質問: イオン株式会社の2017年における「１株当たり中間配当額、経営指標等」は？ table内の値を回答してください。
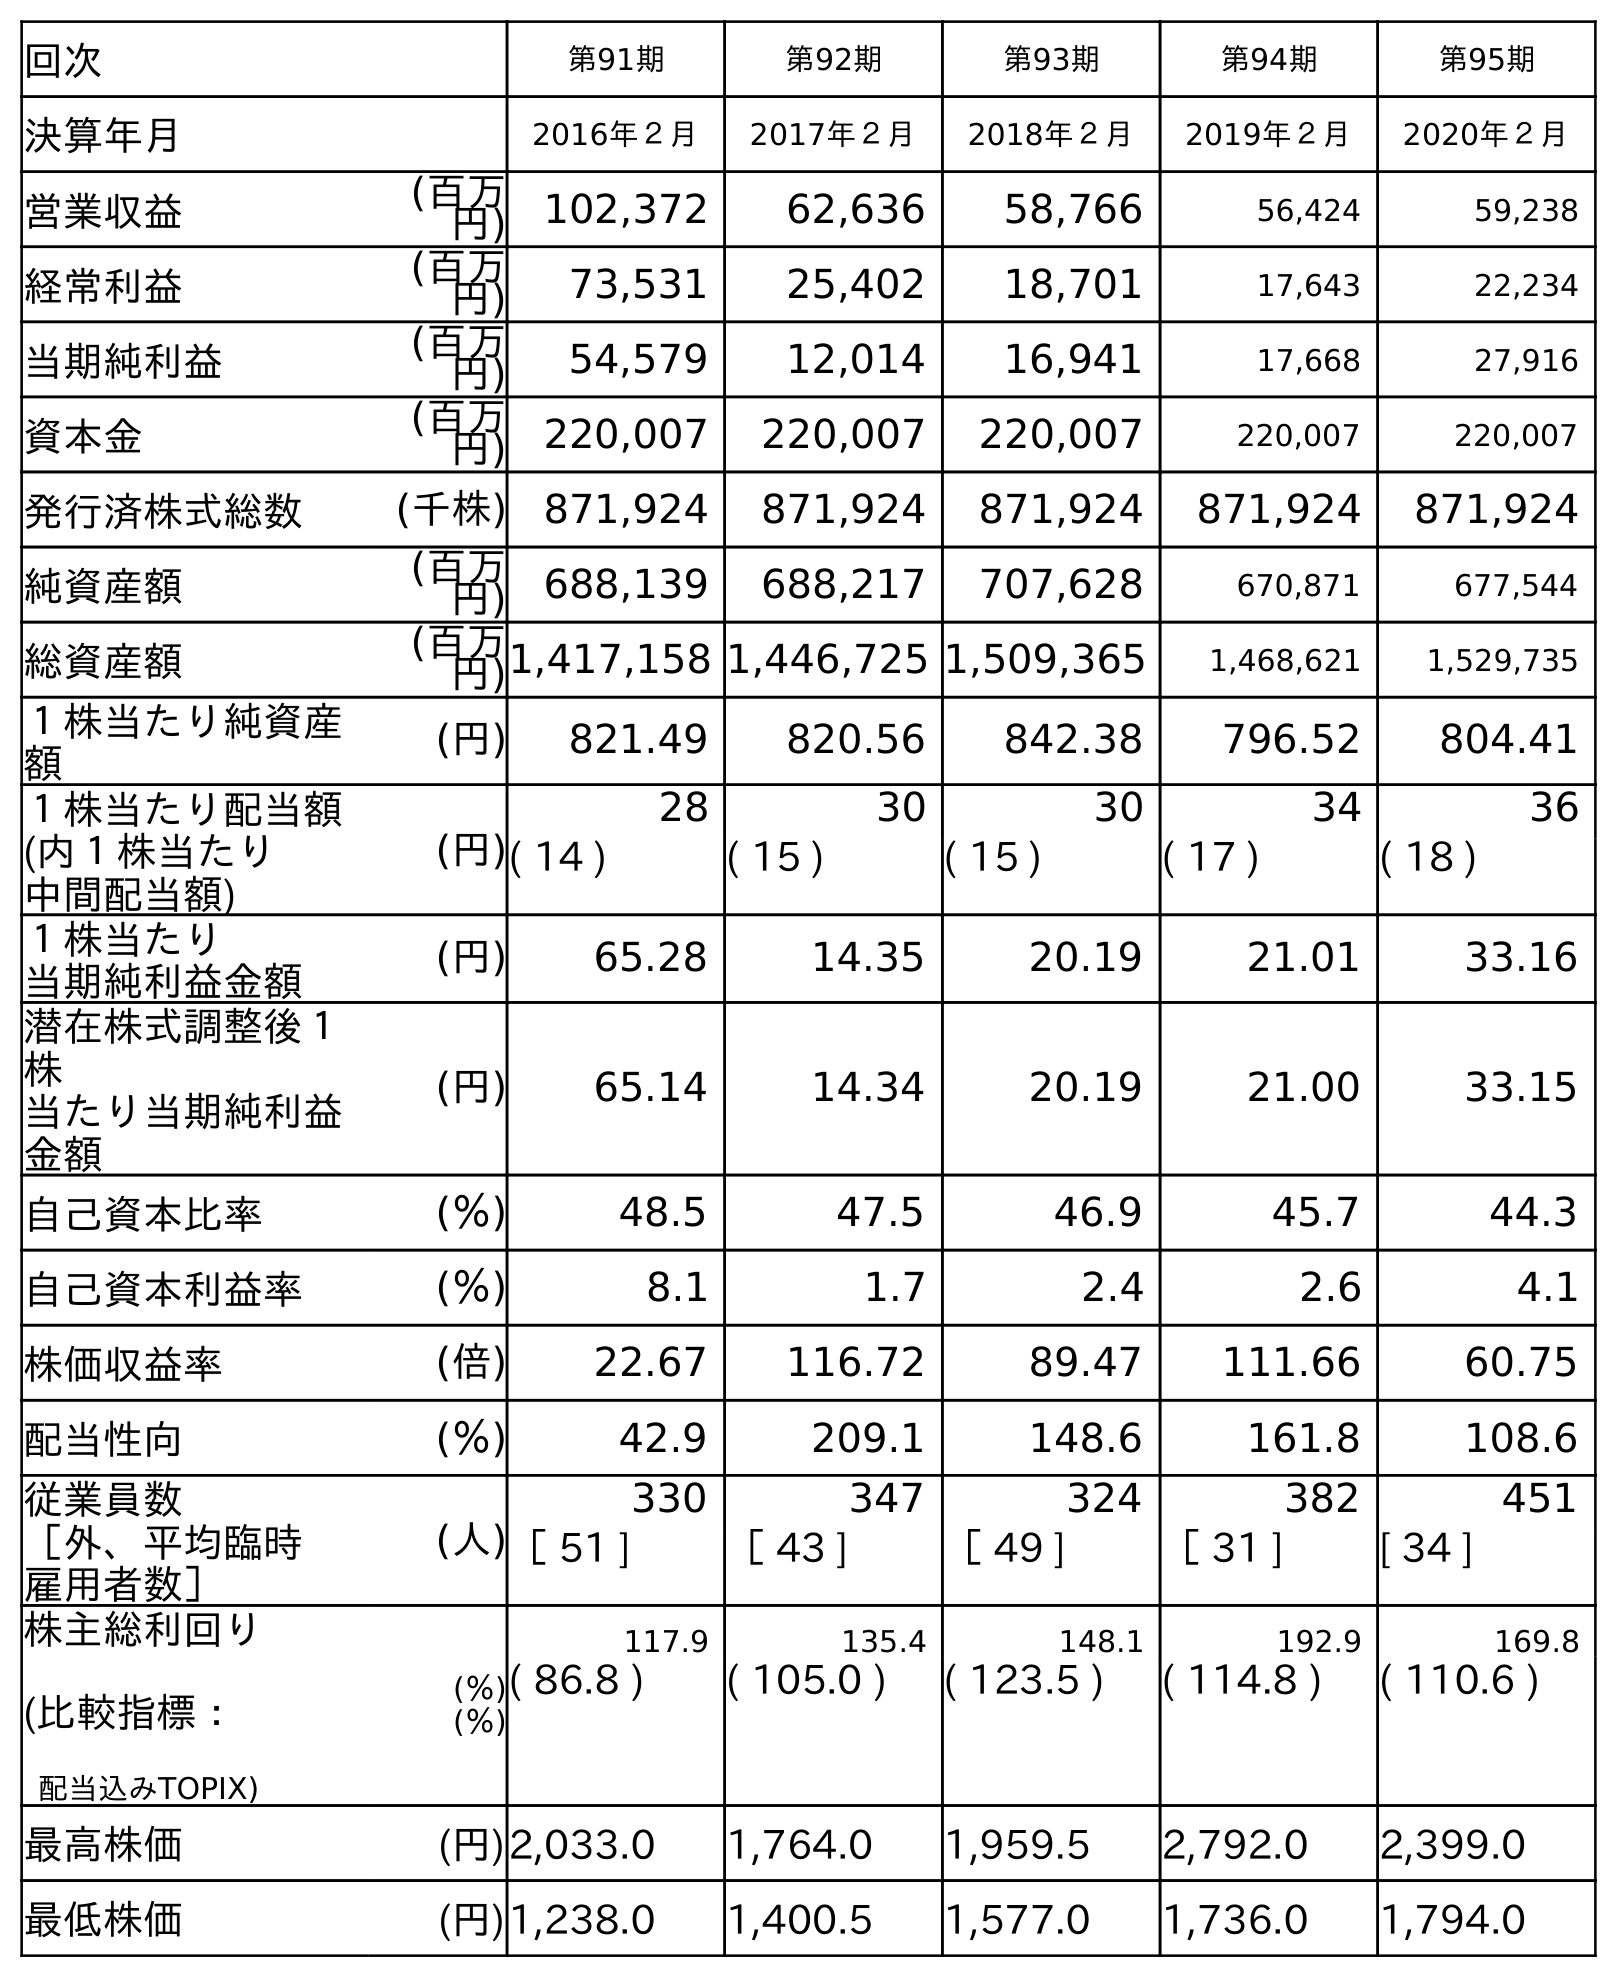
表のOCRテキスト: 回次 第91期 第92期 第93期 第94期 第95期 決算年月 2016年２月 2017年２月 2018年２月 2019年２月 2020年２月 営業収益 (百万 円) 102,372 62,636 58,766 56,424 59,238 経常利益 (百万 円) 73,531 25,402 18,701 17,643 22,234 当期純利益 (百万 円) 54,579 12,014 16,941 17,668 27,916 資本金 (百万 円) 220,007 220,007 220,007 220,007 220,007 発行済株式総数 (千株) 871,924 871,924 871,924 871,924 871,924 純資産額 (百万 円) 688,139 688,217 707,628 670,871 677,544 総資産額 (百万 円)1,417,158 1,446,725 1,509,365 1,468,621 1,529,735 １株当たり純資産 額 (円) 821.49 820.56 842.38 796.52 804.41 １株当たり配当額 (内１株当たり 中間配当額) (円) 28 30 30 34 36 ( 14 ) ( 15 ) ( 15 ) ( 17 ) ( 18 ) １株当たり 当期純利益金額 (円) 65.28 14.35 20.19 21.01 33.16 潜在株式調整後１ 株 当たり当期純利益 金額 (円) 65.14 14.34 20.19 21.00 33.15 自己資本比率 (％) 48.5 47.5 46.9 45.7 44.3 自己資本利益率 (％) 8.1 1.7 2.4 2.6 4.1 株価収益率 (倍) 22.67 116.72 89.47 111.66 60.75 配当性向 (％) 42.9 209.1 148.6 161.8 108.6 従業員数 ［外、平均臨時 雇用者数］ (人) 330 347 324 382 451 ［ 51 ] ［ 43 ] ［ 49 ] ［ 31 ] [ 34 ] 株主総利回り (比較指標： 配当込みTOPIX) (％) (％) 117.9 135.4 148.1 192.9 169.8 ( 86.8 ) ( 105.0 ) ( 123.5 ) ( 114.8 ) ( 110.6 ) 最高株価 (円)2,033.0 1,764.0 1,959.5 2,792.0 2,399.0 最低株価 (円)1,238.0 1,400.5 1,577.0 1,736.0 1,794.0
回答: (15)